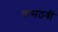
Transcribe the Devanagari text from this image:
बासठवीं